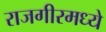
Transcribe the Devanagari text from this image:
राजगीरमध्ये